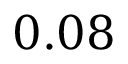
0 . 0 8